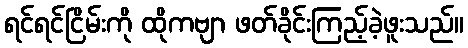
ရင်ရင်ငြိမ်းကို ထိုကဗျာ ဖတ်ခိုင်းကြည့်ခဲ့ဖူးသည်။